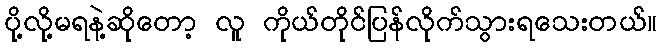
ပို့လို့မရနဲ့ဆိုတော့ လူ ကိုယ်တိုင်ပြန်လိုက်သွားရသေးတယ်။